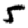
Digit: 5